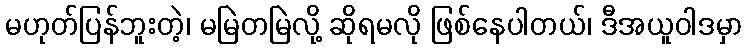
မဟုတ်ပြန်ဘူးတဲ့၊ မမြဲတမြဲလို့ ဆိုရမလို ဖြစ်နေပါတယ်၊ ဒီအယူဝါဒမှာ